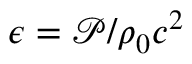
\epsilon = \mathcal { P } / \rho _ { 0 } c ^ { 2 }